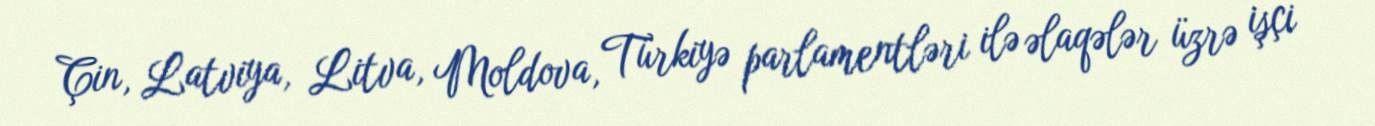
Çin, Latviya, Litva, Moldova, Türkiyə parlamentləri ilə əlaqələr üzrə işçi